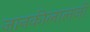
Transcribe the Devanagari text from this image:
जानकीलालजी